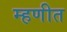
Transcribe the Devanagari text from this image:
म्हणीत